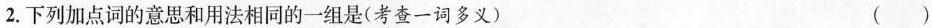
2.下列加点词的意思和用法相同的一组是(考查一词多义) ( )